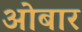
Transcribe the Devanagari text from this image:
ओबार